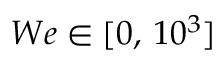
W e \in [ 0 , \, 1 0 ^ { 3 } ]